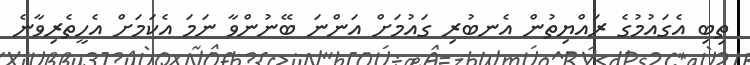
ތިބި އެގައުމުގެ ރައްޔިތުން އެނބުރި ގައުމަށް އަންނަ ބޭނުންވާ ނަމަ އެކަމަށް އެހީތެރިވާނެ